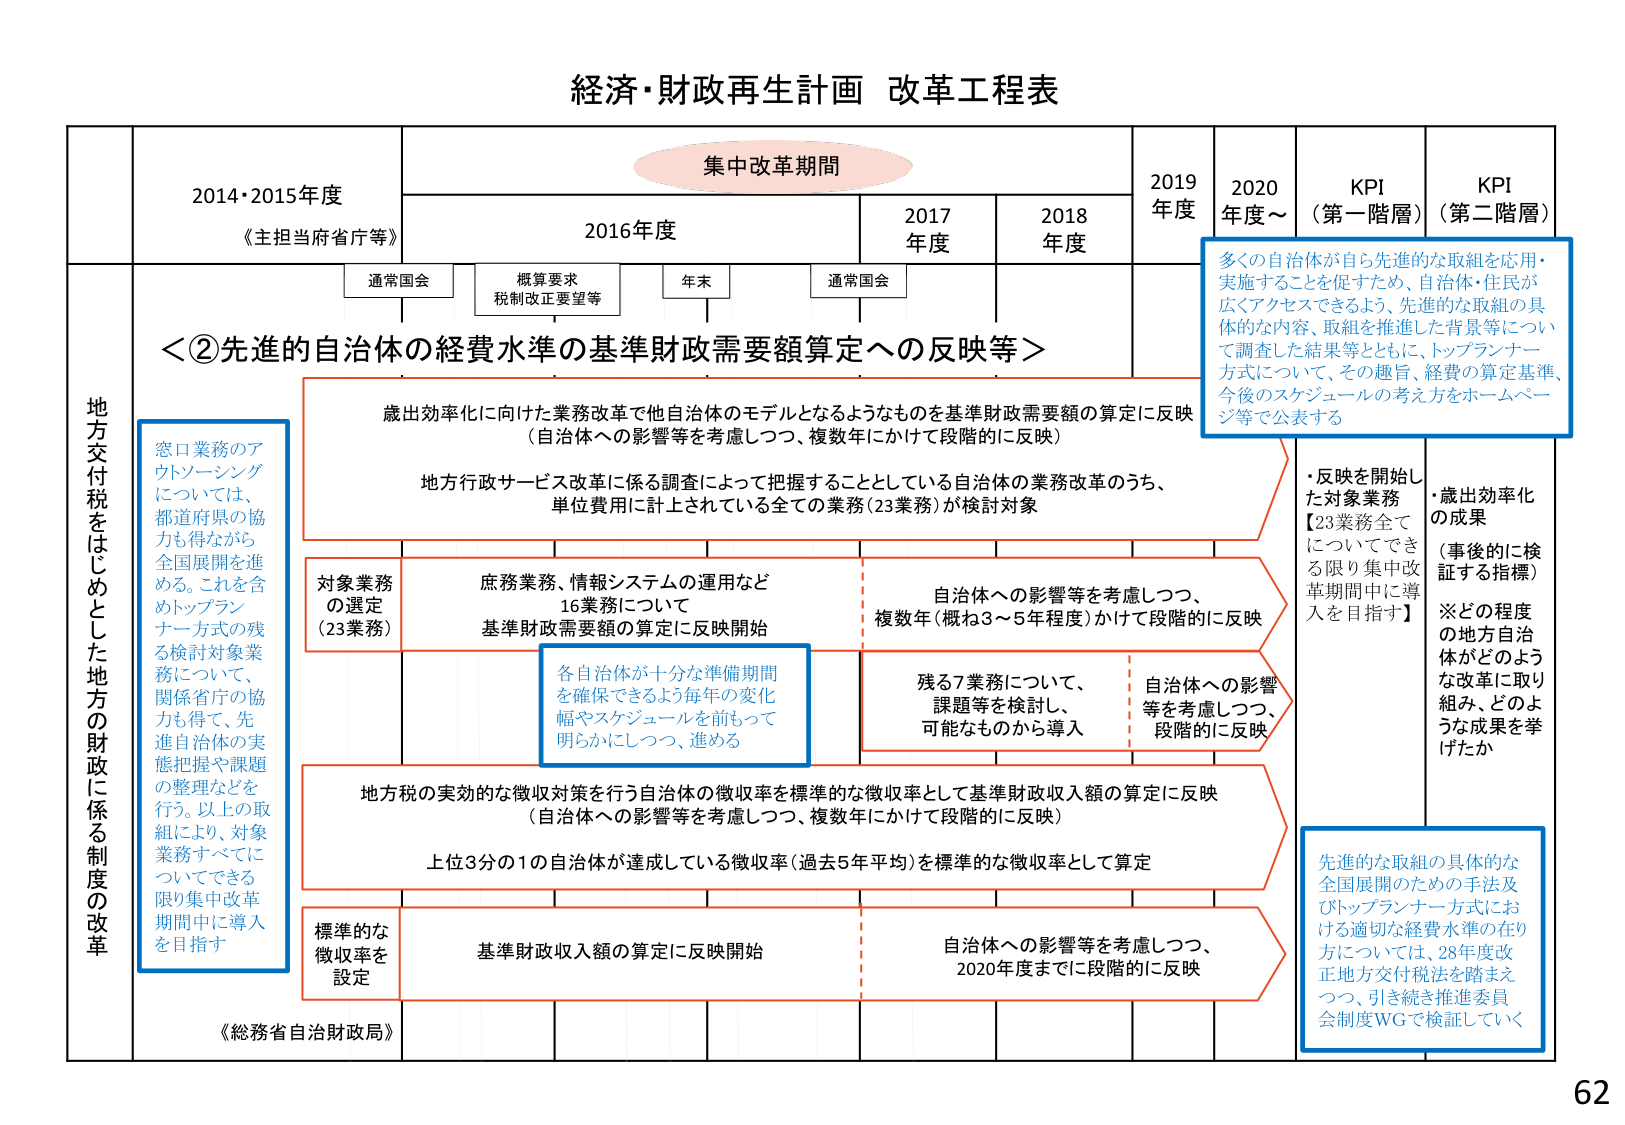
経済・財政再生計画 改革工程表

集中改革期間

2014・2015年度
《主担当府省庁等》

2016年度
通常国会
概算要求
税制改正要望等
年末

2017年度
通常国会

2018年度

2019年度

2020年度～

KPI（第一階層）

KPI（第二階層）

地方交付税をはじめとした地方の財政に係る制度の改革

＜②先進的自治体の経費水準の基準財政需要額算定への反映等＞

歳出効率化に向けた業務改革で他自治体のモデルとなるようなものを基準財政需要額の算定に反映
（自治体への影響等を考慮しつつ、複数年にかけて段階的に反映）

地方行政サービス改革に係る調査によって把握することとしている自治体の業務改革のうち、
単位費用に計上されている全ての業務（23業務）が検討対象

対象業務の選定（23業務）
底務業務、情報システムの運用など
16業務について
基準財政需要額の算定に反映開始

各自治体が十分な準備期間を確保できるよう毎年の変化幅やスケジュールを前もって明らかにしつつ、進める

残る7業務について、課題等を検討し、可能なものから導入

自治体への影響等を考慮しつつ、段階的に反映

・反映を開始した対象業務
【23業務全てについてできる限り集中改革期間中に導入を目指す】

・歳出効率化の成果
（事後的に検証する指標）
※どの程度の地方自治体がどのような改革に取り組み、どのような成果を挙げたか

窓口業務のアウトソーシングについては、都道府県の協力も得ながら全国展開を進める。これを含めトップランナー方式の残る検討対象業務について、関係省庁の協力も得て、先進自治体の実態把握や課題の整理などを行う。以上の取組により、対象業務すべてについてできる限り集中改革期間中に導入を目指す

地方税の実効的な徴収対策を行う自治体の徴収率を標準的な徴収率として基準財政収入額の算定に反映
（自治体への影響等を考慮しつつ、複数年にかけて段階的に反映）

上位3分の1の自治体が達成している徴収率（過去5年平均）を標準的な徴収率として算定

標準的な徴収率を設定
基準財政収入額の算定に反映開始

自治体への影響等を考慮しつつ、2020年度までに段階的に反映

多くの自治体が自ら先進的な取組を応用・実施することを促すため、自治体・住民が広くアクセスできるよう、先進的な取組の具体的な内容、取組を推進した背景等について調査した結果等とともに、トップランナー方式について、その趣旨、経費の算定基準、今後のスケジュールの考え方をホームページ等で公表する

先進的な取組の具体的な全国展開のための手法及びトップランナー方式における適切な経費水準の在り方については、28年度改正地方交付税法を踏まえつつ、引き続き推進委員会制度WGで検証していく

《総務省自治財政局》

62